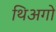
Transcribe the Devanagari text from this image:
थिअगो